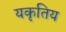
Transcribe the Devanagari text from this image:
यकृतिय